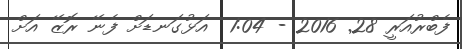
ފެބްރުއަރީ 28